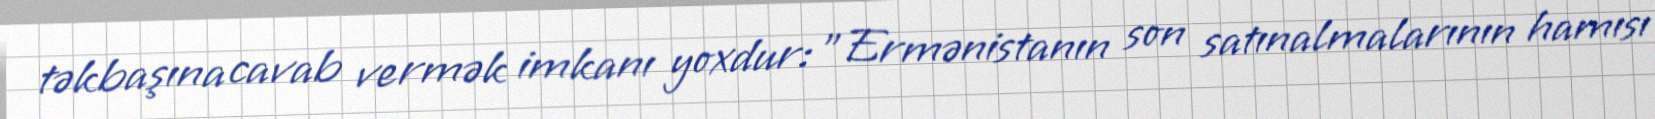
təkbaşına cavab vermək imkanı yoxdur: "Ermənistanın son satınalmalarının hamısı